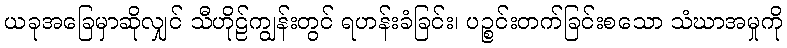
ယခုအခြေမှာဆိုလျှင် သီဟိုဠ်ကျွန်းတွင် ရဟန်းခံခြင်း၊ ပဉ္စင်းတက်ခြင်းစသော သံဃာအမှုကို